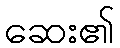
ဆေး၏